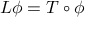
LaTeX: L \phi = T \circ \phi